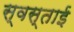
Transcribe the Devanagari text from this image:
स्वस्ताई